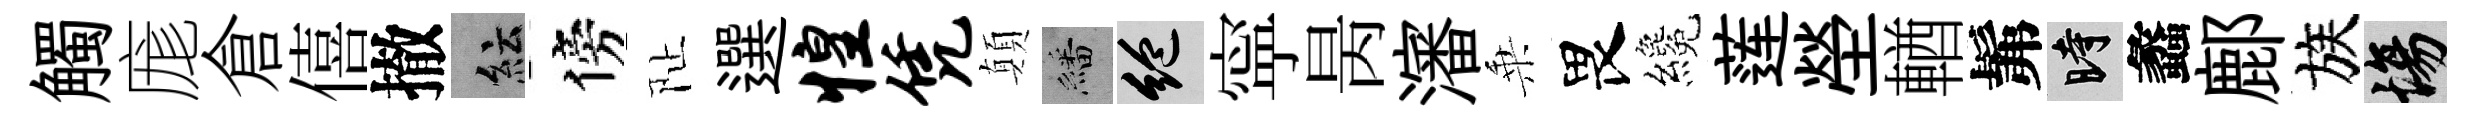
觸庬倉僖撤紜傍阯選惶凭顛繙絶寜昺瀋乗畏纔莲塋輶髴时蠡鄜族場